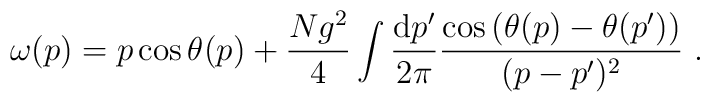
\omega(p) = p \cos \theta(p) + \frac{Ng^2}{4} \int \frac{{\rm d}p'}{2\pi} \frac{\cos \left( \theta(p)-\theta(p') \right)}{(p-p')^2}\ .